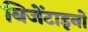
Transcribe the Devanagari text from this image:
बिजेंटाइनों